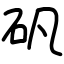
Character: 矾